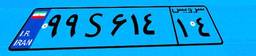
۹۹S۶۱۴۱۴